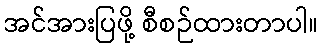
အင်အားပြဖို့ စီစဉ်ထားတာပါ။